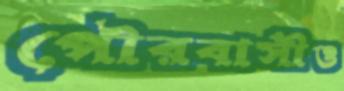
পৌরবাসীও